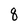
Character: q